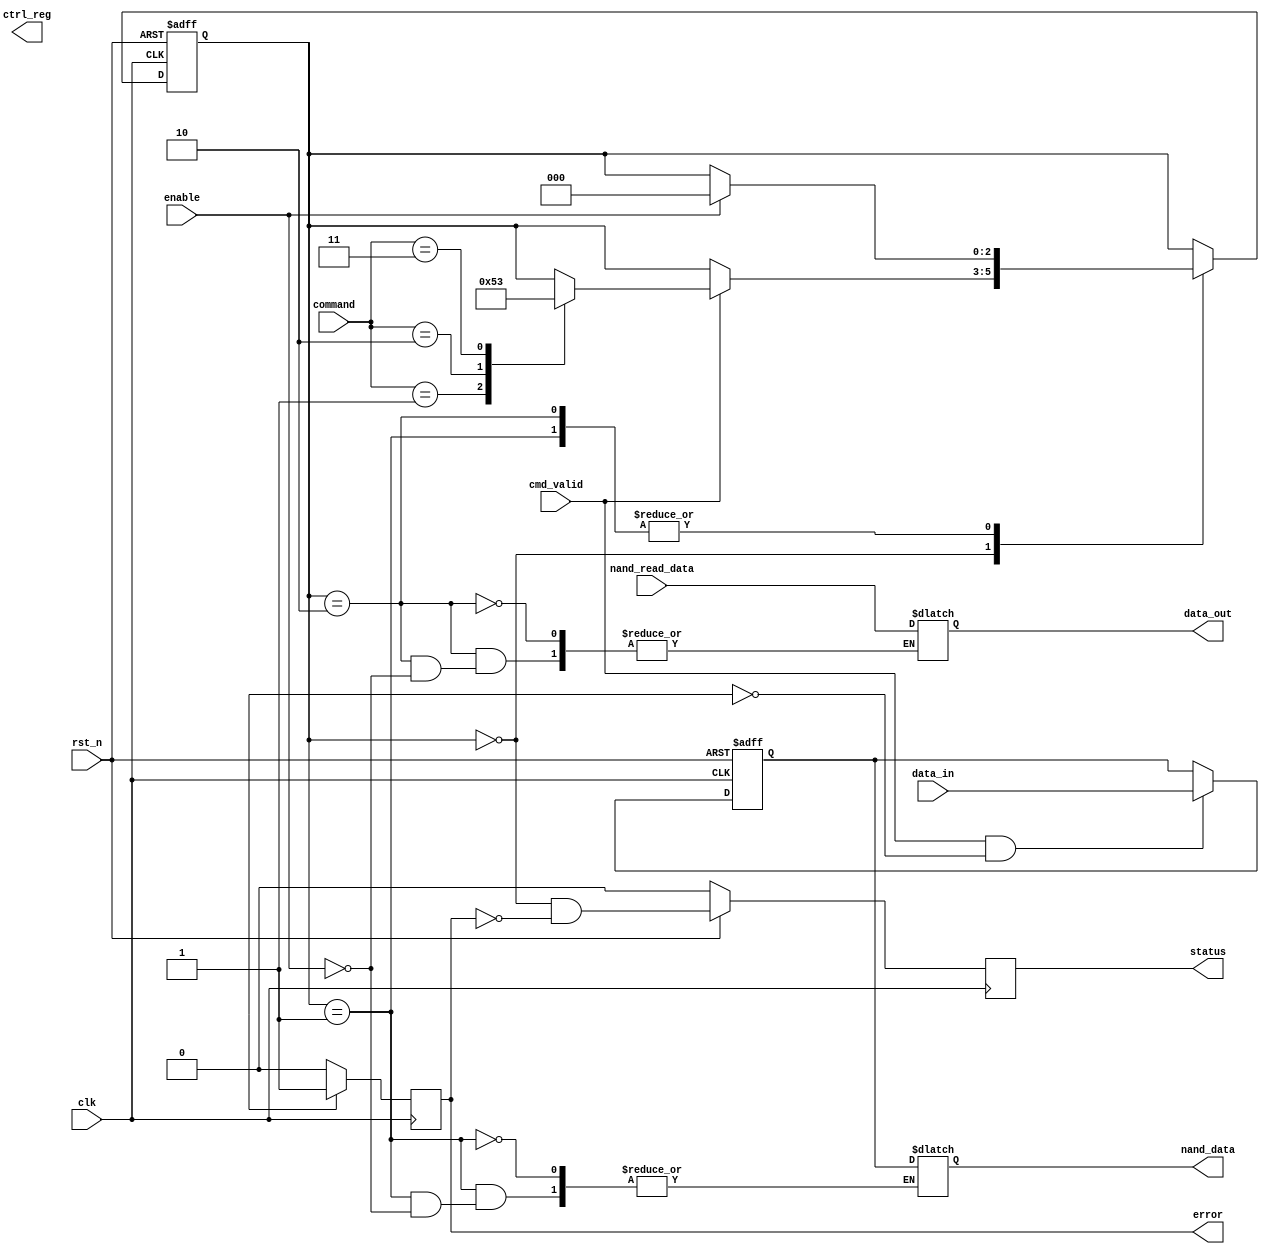
module tlc_nand_io_block (
  input wire clk,
  input wire rst_n,
  
  // External interface
  input wire [7:0] data_in,
  output wire [7:0] data_out,
  input wire cmd_valid,
  input wire [3:0] command,
  
  // NAND internal bus
  output reg [7:0] nand_data,
  input wire [7:0] nand_read_data,
  
  // Status and control
  output reg status,
  output reg error,
  input wire enable,
  output reg [3:0] ctrl_reg
);

  // States for command interface
  localparam IDLE = 3'b000, 
            WRITE = 3'b001, 
            READ = 3'b010, 
            ERASE = 3'b011,
            PROGRAM = 3'b100;

  reg [2:0] state, next_state;
  
  // Input buffer with EDC (simplified)
  reg [7:0] input_buffer;
  reg input_valid;
  wire edc_error;   // Simulated EDC error signal
  
  // Output buffer
  reg [7:0] output_buffer;

  // State machine for command execution
  always @(posedge clk or negedge rst_n) begin
    if (!rst_n)
      state <= IDLE;
    else
      state <= next_state;
  end

  always @(*) begin
    next_state = state;
    case (state)
      IDLE: begin
        if (cmd_valid) begin
          case (command)
            4'b0001: next_state = WRITE;
            4'b0010: next_state = READ;
            4'b0011: next_state = ERASE;
            // add more commands as needed
          endcase
        end
      end
      WRITE: begin
        if (enable) begin
          // data is written to NAND
          nand_data = input_buffer;
          next_state = IDLE;
        end
      end
      READ: begin
        if (enable) begin
          // Read data from NAND
          output_buffer = nand_read_data;
          next_state = IDLE;
        end
      end
      // Additional states can be added here
    endcase
  end

  // Input buffer latching with error detection
  always @(posedge clk or negedge rst_n) begin
    if (!rst_n) begin
      input_buffer <= 8'b0;
      input_valid <= 1'b0;
    end else if (cmd_valid && !edc_error) begin
      input_buffer <= data_in; // Latch input
      input_valid <= 1'b1;      // Mark input as valid
    end
  end
  
  // Assign data output
  assign data_out = output_buffer;

  // Error handling (simulated)
  always @(posedge clk) begin
    // Error determination logic
    if (edc_error)
      error <= 1'b1; // Set an error flag
    else
      error <= 1'b0; // Clear error flag
  end
  
  // Status register update (for simplicity)
  always @(posedge clk) begin
    if (!rst_n)
      status <= 1'b0;
    else
      status <= (state == IDLE && !error); // Example status update
  end
  
endmodule